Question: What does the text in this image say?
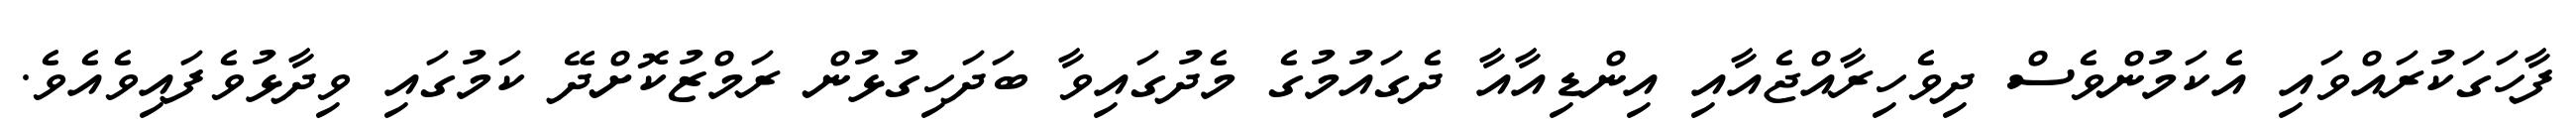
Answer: ފާހަގަކުރައްވައި އެކަމުންވެސް ދިވެހިރާއްޖެއާއި އިންޑިއާއާ ދެގައުމުގެ މެދުގައިވާ ބަދަހިގުޅުން ރަމްޒުކޮށްދޭ ކަމުގައި ވިދާޅުވެފައިވެއެވެ.